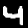
Digit: 4